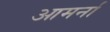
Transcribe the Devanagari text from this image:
आमर्ना